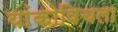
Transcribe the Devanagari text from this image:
यांकोविचला